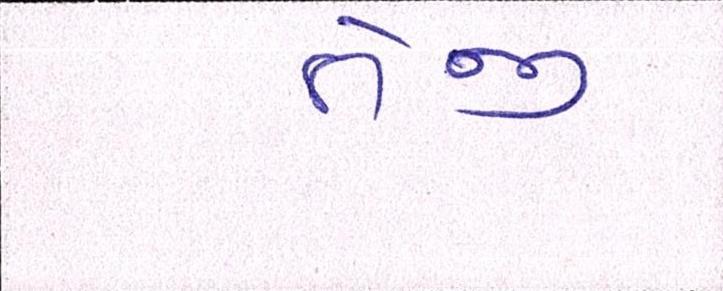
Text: તેજી